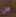
من